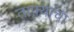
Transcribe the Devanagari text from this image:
ताफ़्याचा